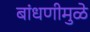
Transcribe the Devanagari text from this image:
बांधणीमुळे